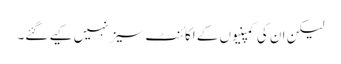
لیکن ان کی کمپنیوں کے اکائنٹ سیز نہیں کیے گئے۔